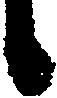
候